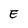
Character: E